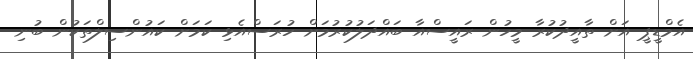
އެމްޑީޕީ އަށް ތާއީދުކުރާ މީހުން ރައީސްއާ ބައްދަލުކުރުމަށް ހުރަސްއެޅި ކަމަށް ކައުންސިލްތަކުން ބުނި